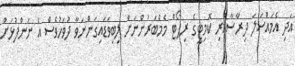
އަދި އެމައްސަލަ ދިރާސާކުރި ކޮމިޓީގެ ރިޕޯޓް މެމްބަރުންނަށް ލިބިވަޑައިގަންނަވާ ދުވަހުވެސް އެ ނަންފުޅަށް